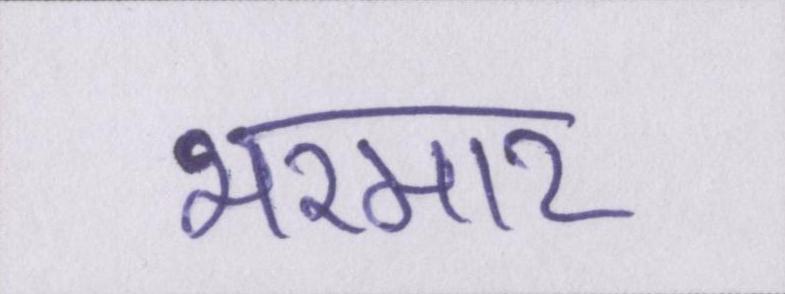
भरमार